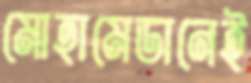
মোহামেডানেই